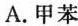
A.甲苯